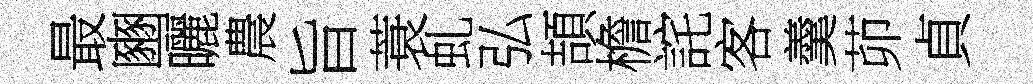
最豳曬農旨蓑虬弘頡檐詫客羹茆貞